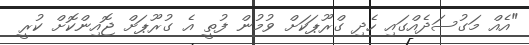
"އެއް މަގުސަދެއްގައި ހެދި ގްރޫޕަކަށް ވުމުން ފުތީ އެ ގުރޫޕަށް ޖޮއިންކޮށް ކުރީ